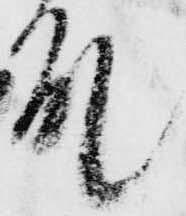
殿